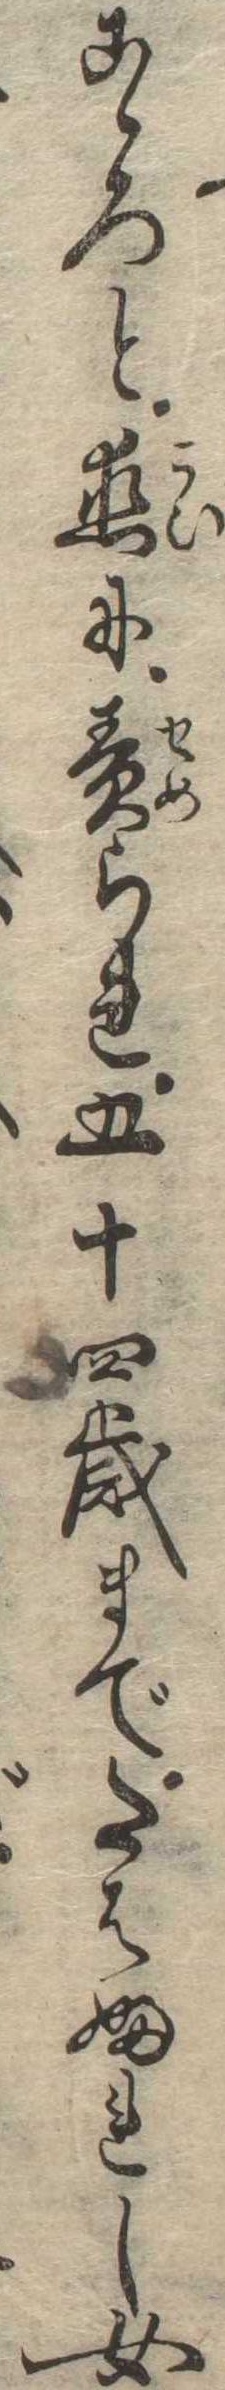
こゝろと恋に責られ五十四歳までたはふれし女